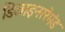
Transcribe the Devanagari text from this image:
डिजाइनररेमंड